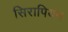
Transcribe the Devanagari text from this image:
सिरापियम